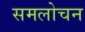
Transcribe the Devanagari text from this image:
समलोचन